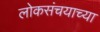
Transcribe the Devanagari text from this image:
लोकसंचयाच्या